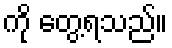
ကို တွေ့ရသည်။